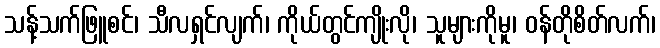
သန့်သက်ဖြူစင်၊ သီလရှင်လျက်၊ ကိုယ်တွင်ကျိုးလို၊ သူများကိုမူ၊ ဝန်တိုစိတ်လက်၊